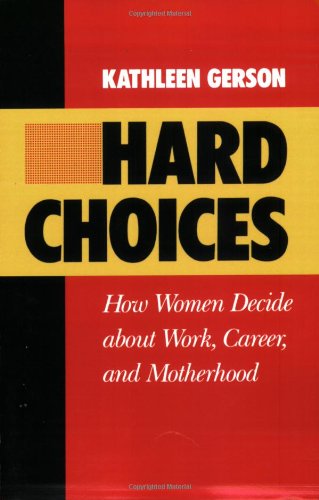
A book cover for Hard Choices: How Women Decide About Work, Career and Motherhood (California Series on Social Choice and Political Economy); Kathleen Gerson; Gay & Lesbian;